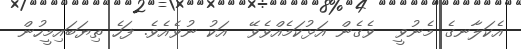
އެކަލާނގެ މެނުވީ  ވެގެން އަޅުކަމެއްވެވޭ  އަކު ނުވެއެވެ. ފަހެ ތިޔަބައިމީހުން